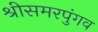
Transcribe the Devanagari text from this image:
श्रीसमरपुंगव